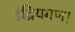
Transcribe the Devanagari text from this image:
इंद्रियगण।